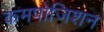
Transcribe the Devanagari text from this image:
कमपोजिशन